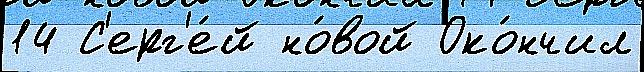
14 С'ерг'е́й но́вой Око́нчил